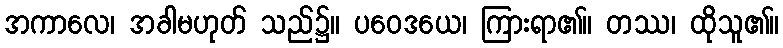
အကာလေ၊ အခါမဟုတ် သည်၌။ ပဝေဒယေ၊ ကြားရာ၏။ တဿ၊ ထိုသူ၏။